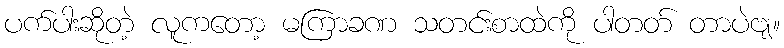
ပက်ပါးဆိုတဲ့ လူကတော့ မကြာခဏ သတင်းစာထဲကို ပါတတ် တာပဲဗျ။